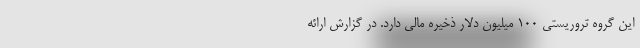
این گروه تروریستی ۱۰۰ میلیون دلار ذخیره مالی دارد. در گزارش ارائه